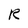
Character: R